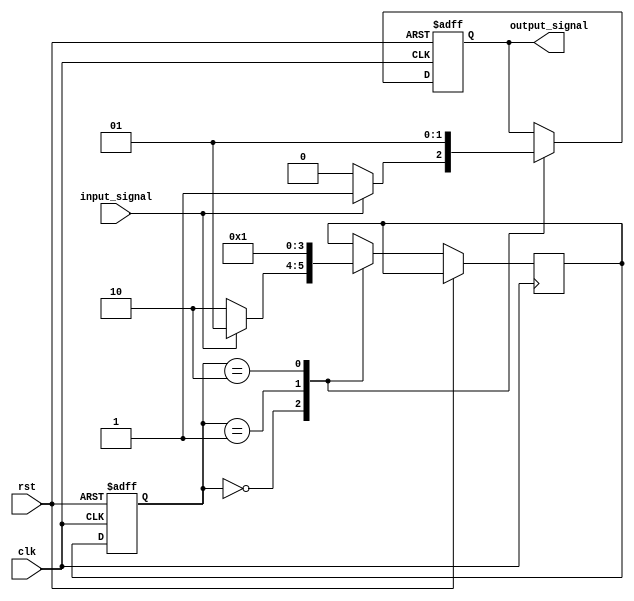
module mealy_state_machine (
    input wire clk,
    input wire rst,
    input wire input_signal,
    output reg output_signal
);

// State encoding
parameter S0 = 2'b00;
parameter S1 = 2'b01;
parameter S2 = 2'b10;

// State register
reg [1:0] current_state, next_state;

// Output logic
always @ (posedge clk or posedge rst) begin
    if (rst) begin
        current_state <= S0;
        output_signal <= 1'b0;
    end else begin
        current_state <= next_state;
        case (current_state)
            S0: begin
                if (input_signal) begin
                    next_state <= S1;
                    output_signal <= 1'b1;
                end else begin
                    next_state <= S2;
                    output_signal <= 1'b0;
                end
            end
            S1: begin
                next_state <= S0;
                output_signal <= 1'b0;
            end
            S2: begin
                next_state <= S1;
                output_signal <= 1'b1;
            end
        endcase
    end
end

endmodule